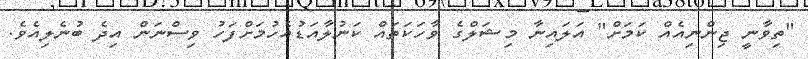
"ތިވާނީ ޖިންނިއެއް ކަމަށް" އަލައިނާ މިޝަލްގެ ވާހަކަތައް ކަނުލާއަޑުއެހުމަށްފަހު ވިސްނަން އިދެ ބުނެލިއެވެ.